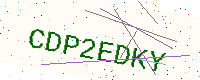
Text: CDP2EDKY